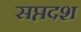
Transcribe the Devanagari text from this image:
सप्तदश